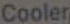
Cooler